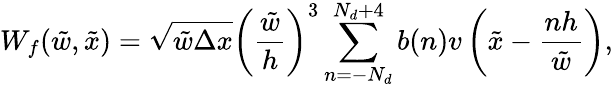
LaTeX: W_{f}(\tilde{w},\tilde{x})=\sqrt{\tilde{w}\Delta x}\left(\frac{\tilde{w}}{h}\right)^{3}\sum_{n=-N_{d}}^{N_{d}+4}b(n)v\left(\tilde{x}-\frac{nh}{\tilde{w}}\right),